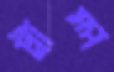
ট্রাম্প